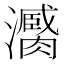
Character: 𤃼